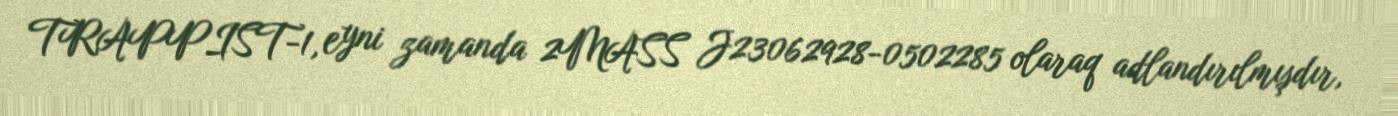
TRAPPIST-1, eyni zamanda 2MASS J23062928-0502285 olaraq adlandırılmışdır,